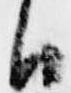
臣